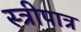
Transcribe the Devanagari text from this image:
स्त्रीपात्र